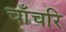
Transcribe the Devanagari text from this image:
चाँचरि